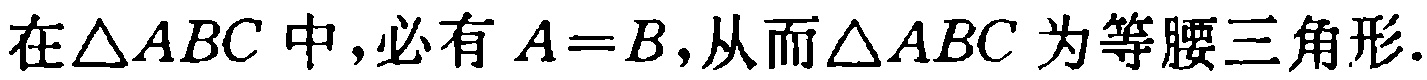
在\(\triangle ABC\)中,必有\(A = B\),从而\(\triangle ABC\)为等腰三角形.